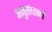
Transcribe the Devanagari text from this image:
अनुसंघानों